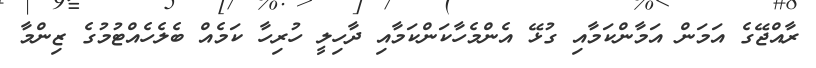
ރާއްޖޭގެ އަމަން އަމާންކަމާއި ގުޅޭ އެންމެހާކަންކަމާއި ދާހިލީ ހުރިހާ ކަމެއް ބެލެހެއްޓުމުގެ ޒިންމާ